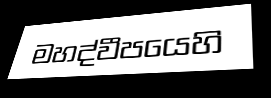
මහද්වීපයෙහි